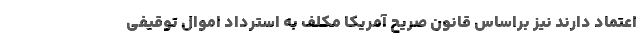
اعتماد دارند نیز براساس قانون صریح آمریکا مکلف به استرداد اموال توقیفی